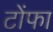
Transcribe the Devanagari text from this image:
टोंफा